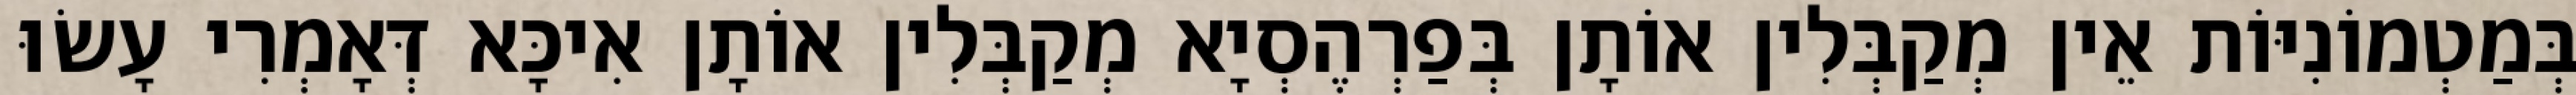
בְּמַטְמוֹנִיּוֹת אֵין מְקַבְּלִין אוֹתָן בְּפַרְהֶסְיָא מְקַבְּלִין אוֹתָן אִיכָּא דְּאָמְרִי עָשׂוּ